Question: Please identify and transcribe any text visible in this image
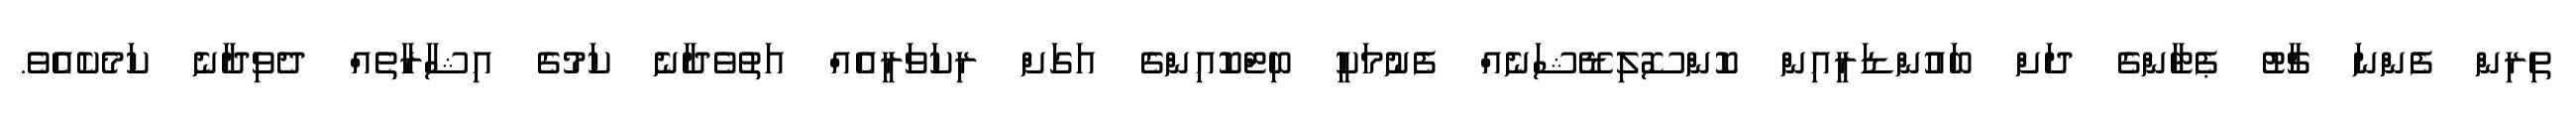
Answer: ތިރިން ފެންނަ ޗާޓު ޕެޓާންގެ ދަށް ބައުންޑަރީއިން ކޮންސޮލިޑޭޝަނެއް ފެނުމަކީ ބިޓްކޮއިންގެ އަގަށް ރިކަވަރީއެއް އަތުވެދާނެ ކަމުގެ އިޝާރާތެއް ދެވިދާނެ ކަމެކެއެވެ.